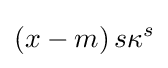
(x-m)\,s\kappa ^{s}